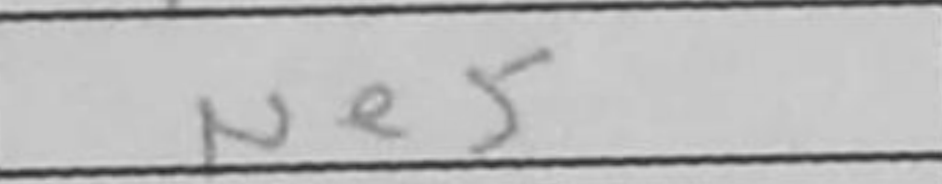
Transcription: Ne5